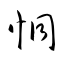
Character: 恫